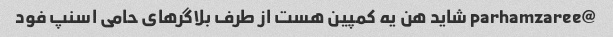
@parhamzaree شاید هن یه کمپین هست از طرف بلاگرهای حامی اسنپ فود